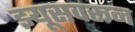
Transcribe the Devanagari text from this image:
झ्यूसवरून